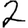
Digit: 2